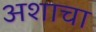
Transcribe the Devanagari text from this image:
अशाचा